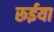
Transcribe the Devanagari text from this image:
रूईया